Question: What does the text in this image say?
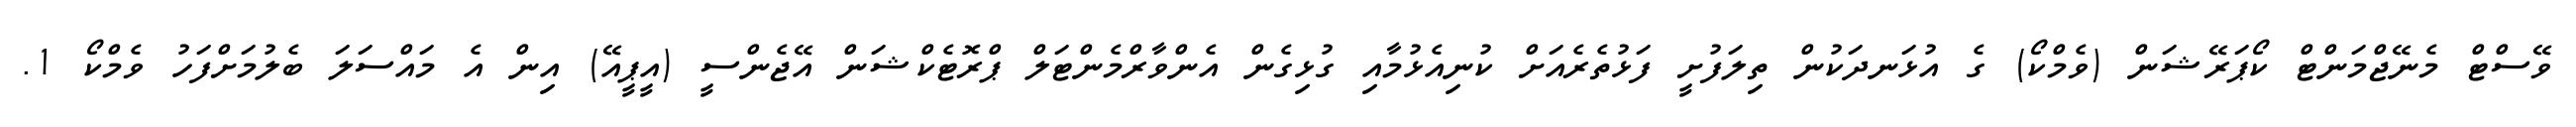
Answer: ވޭސްޓް މެނޭޖްމަންޓް ކޯޕަރޭޝަން (ވެމްކޯ) ގެ އުޅަނދަކުން ތިލަފުށީ ފަޅުތެރެއަށް ކުނިއެޅުމާއި ގުޅިގެން އެންވާރްމެންޓަލް ޕްރޮޓެކްޝަން އޭޖެންސީ (އީޕީއޭ) އިން އެ މައްސަލަ ބެލުމަށްފަހު ވެމްކޯ 1.